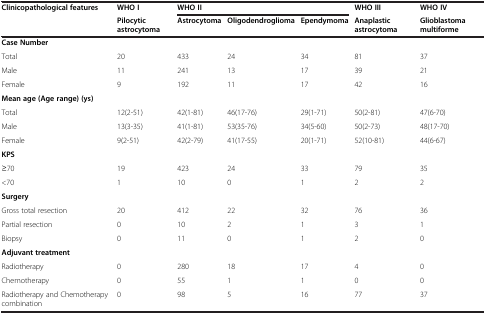
| Clinicopathological features | WHO I | <COLSPAN=3> WHO II | WHO III | WHO IV |
 |  | Pilocytic astrocytoma | Astrocytoma | Oligodendroglioma | Ependymoma | Anaplastic astrocytoma | Glioblastoma multiforme |
 | --- | --- | --- | --- | --- | --- | --- |
 | Case Number | <COLSPAN=6>  |
 | Total | 20 | 433 | 24 | 34 | 81 | 37 |
 | Male | 11 | 241 | 13 | 17 | 39 | 21 |
 | Female | 9 | 192 | 11 | 17 | 42 | 16 |
 | Mean age (Age range) (ys) | <COLSPAN=6>  |
 | Total | 12(2-51) | 42(1-81) | 46(17-76) | 29(1-71) | 50(2-81) | 47(6-70) |
 | Male | 13(3-35) | 41(1-81) | 53(35-76) | 34(5-60) | 50(2-73) | 48(17-70) |
 | Female | 9(2-51) | 42(2-79) | 41(17-55) | 20(1-71) | 52(10-81) | 44(6-67) |
 | KPS | <COLSPAN=6>  |
 | ≥70 | 19 | 423 | 24 | 33 | 79 | 35 |
 | <70 | 1 | 10 | 0 | 1 | 2 | 2 |
 | Surgery | <COLSPAN=6>  |
 | Gross total resection | 20 | 412 | 22 | 32 | 76 | 36 |
 | Partial resection | 0 | 10 | 2 | 1 | 3 | 1 |
 | Biopsy | 0 | 11 | 0 | 1 | 2 | 0 |
 | Adjuvant treatment | <COLSPAN=6>  |
 | Radiotherapy | 0 | 280 | 18 | 17 | 4 | 0 |
 | Chemotherapy | 0 | 55 | 1 | 1 | 0 | 0 |
 | Radiotherapy and Chemotherapy combination | 0 | 98 | 5 | 16 | 77 | 37 |